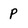
Character: p